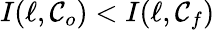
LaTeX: I(\ell,\mathcal{C}_{o})<I(\ell,\mathcal{C}_{f})